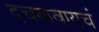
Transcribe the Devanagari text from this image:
दचकवायचं